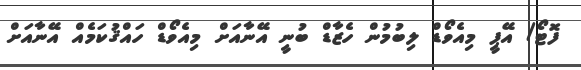
ފޮޓޯ/ އޭޕީ މިއެވޯޑް ލިބުމުން ހެޒާޑް ބުނީ އޭނާއަށް މިއެވޯޑް ހައްޤުކަމެއް އޭނާއަށް